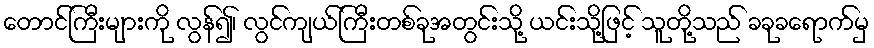
တောင်ကြီးများကို လွန်၍၊ လွင်ကျယ်ကြီးတစ်ခုအတွင်းသို့ ယင်းသို့ဖြင့် သူတို့သည် ခခုခရောက်မှ